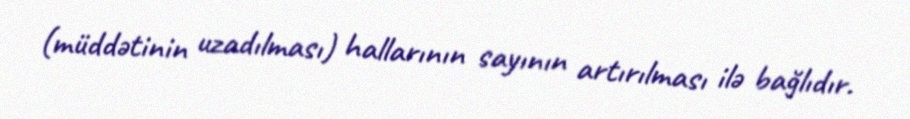
(müddətinin uzadılması) hallarının sayının artırılması ilə bağlıdır.